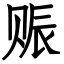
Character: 赈